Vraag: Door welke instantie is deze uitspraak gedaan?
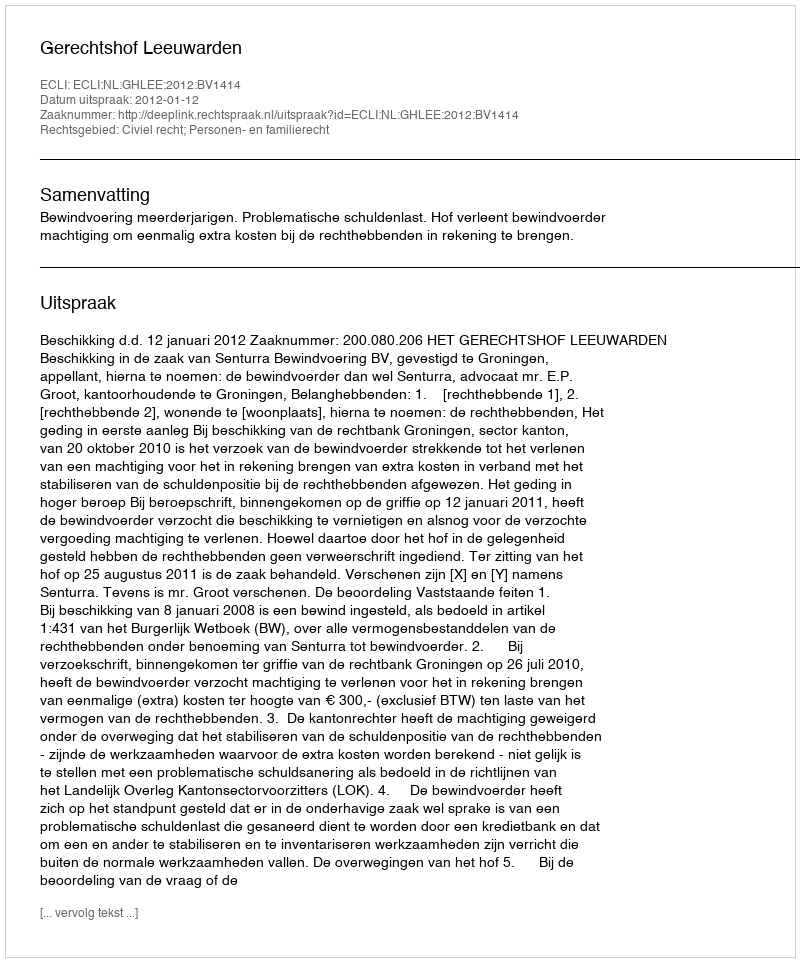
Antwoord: Gerechtshof Leeuwarden